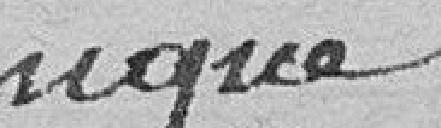
unique